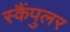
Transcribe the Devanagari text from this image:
स्कैंपुलर